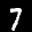
Label: 7